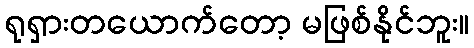
ရုရှားတယောက်တော့ မဖြစ်နိုင်ဘူး။